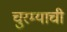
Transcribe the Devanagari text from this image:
चुरम्याची